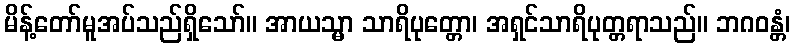
မိန့်တော်မူအပ်သည်ရှိသော်။ အာယသ္မာ သာရိပုတ္တော၊ အရှင်သာရိပုတ္တရာသည်။ ဘဂဝန္တံ၊